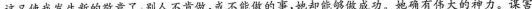
这又使我发生新的敬意了，别人不肯做，或不能做的事，她却能够做成功。她确有伟大的神力。谋害